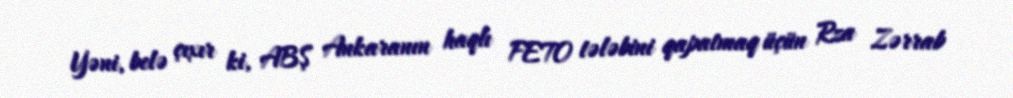
Yəni, belə çıxır ki, ABŞ Ankaranın haqlı FETO tələbini qapatmaq üçün Rza Zərrab